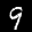
Label: 9